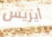
أيريس